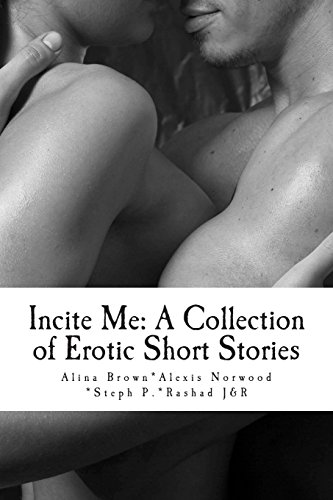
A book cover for Incite Me: A Collection of Erotic Short Stories; Alina Brown; Romance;